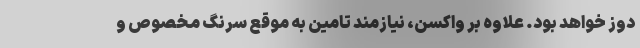
دوز خواهد بود. علاوه بر واکسن، نیازمند تامین به موقع سرنگ مخصوص و